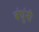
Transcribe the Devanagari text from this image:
बंधुंनी